Civil Veterinary Department. Central Provinces & Berar 1925-31 - 1925-1931
Year: 1925
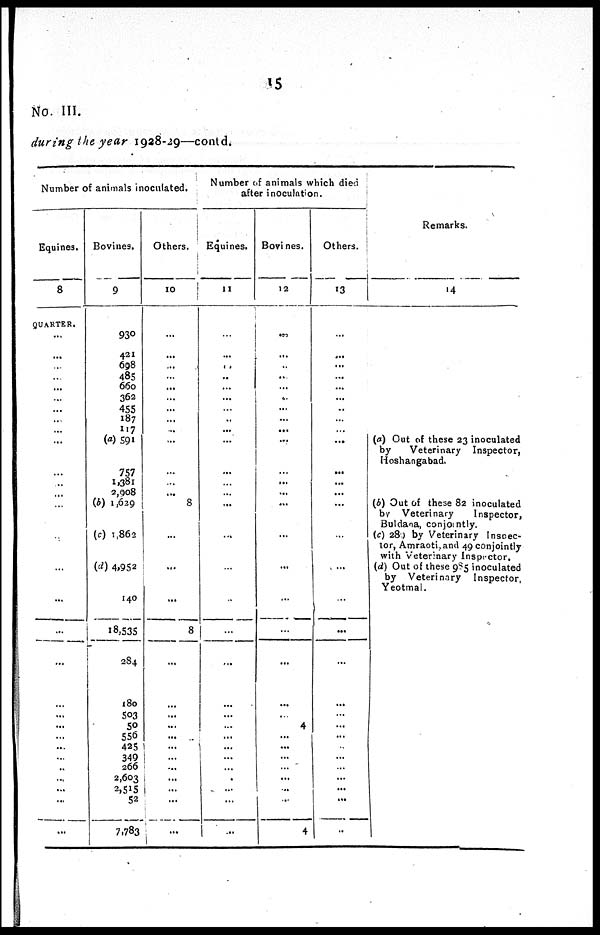
15
No. III.
during the year 1928-29—contd.
Number of animals inoculated.
Equines.
8
QUARTER.
...
...
...
...
...
...
...
...
..
...
...
...
...
...
...
...
...
...
...
...
...
...
...
...
...
...
...
...
...
...
Bovines.
9
930
421
698
485
660
362
455
187
117
(a) 591
757
1,381
2,908
(b) 1,629
(c) 1,862
(d) 4,952
140
18,535
...
180
503
50
556
425
349
266
2,603
2,515
52
7,783
Others.
10
...
...
...
...
...
...
...
...
...
...
...
...
...
8
...
...
...
8
...
...
...
...
...
...
...
...
...
...
...
...
Number of animals which died
after inoculation.
Equines.
11
...
...
...
..
...
...
...
...
...
...
...
...
...
...
...
...
...
...
...
...
...
...
...
..
...
...
...
...
...
...
Bovines.
12
...
...
..
..
...
...
...
...
...
...
...
...
...
...
...
...
...
...
...
...
...
4
...
...
...
...
...
...
...
4
Others.
13
...
...
...
...
...
...
...
...
...
...
...
...
...
...
...
...
...
...
...
...
...
...
...
...
...
...
...
...
...
...
Remarks.
14
(a) Out of these 23 inoculated
by
Veterinary
Inspector,
Hoshangabad.
(b) Out of these 82 inoculated
by Veterinary
Inspector,
Buldana, conjointly.
(c) 280 by Veterinary Inspec-
tor, Amraoti, and 49 conjointly
with Veterinary Inspector.
(d) Out of these 985 inoculated
by Veterinary
Inspector,
Yeotmal.